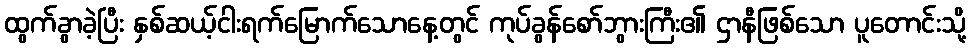
ထွက်ခွာခဲ့ပြီး နှစ်ဆယ့်ငါးရက်မြောက်သောနေ့တွင် ကုပ်ခွန်စော်ဘွားကြီး၏ ဌာနီဖြစ်သော ပူတောင်းသို့